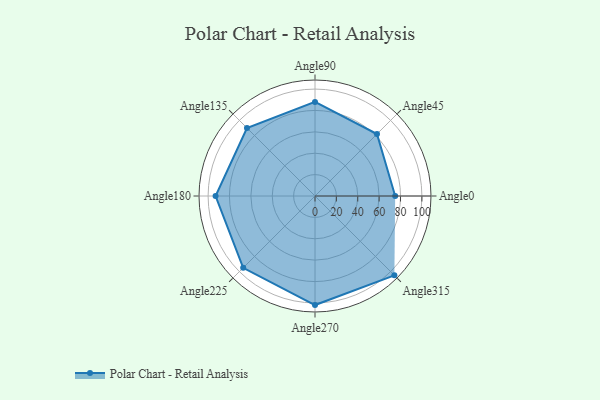
{"axis": {"x": "Angle", "y": "Radius"}, "legend": [""], "data": [{"x": "Angle0", "y": 75.0, "type": ""}, {"x": "Angle45", "y": 82.0, "type": ""}, {"x": "Angle90", "y": 88.0, "type": ""}, {"x": "Angle135", "y": 90.0, "type": ""}, {"x": "Angle180", "y": 93.0, "type": ""}, {"x": "Angle225", "y": 95.0, "type": ""}, {"x": "Angle270", "y": 102.0, "type": ""}, {"x": "Angle315", "y": 105.0, "type": ""}]}